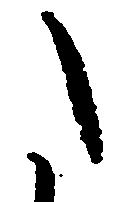
た